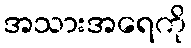
အသားအရေကို